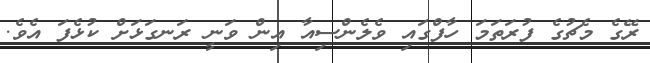
ރޭގެ މެޗުގެ ފުރަތަމަ ހާފްގައި ވެލެންސިއާ އިން ވަނީ ރަނގަޅަށް ކުޅެފަ އެވެ.